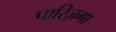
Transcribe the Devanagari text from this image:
पारिज़गा